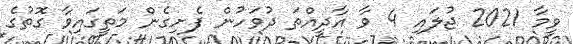
ވީމާ 2021 ޖުލައި 4 ވާ އާދީއްތަ ދުވަހުން ފެށިގެން މަތީގައިވާ ގޮތުގެ